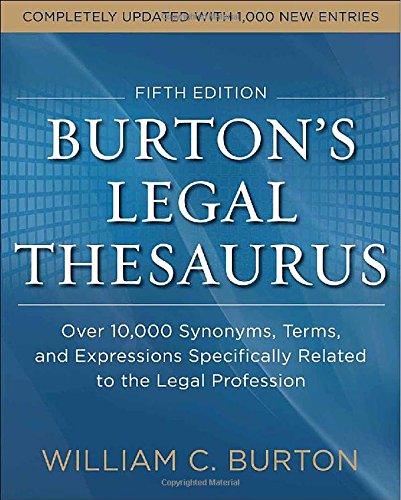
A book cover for Burtons Legal Thesaurus 5th edition: Over 10,000 Synonyms, Terms, and Expressions Specifically Related to the Legal Profession; William Burton; Law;